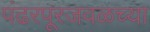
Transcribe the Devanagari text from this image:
पंढरपूरजवळच्या